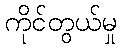
ကိုင်တွယ်မှု